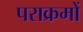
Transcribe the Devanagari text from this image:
पराक्रमों